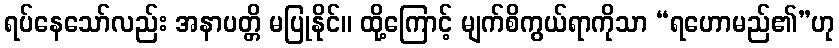
ရပ်နေသော်လည်း အနာပတ္တိ မပြုနိုင်။ ထို့ကြောင့် မျက်စိကွယ်ရာကိုသာ “ရဟောမည်၏”ဟု